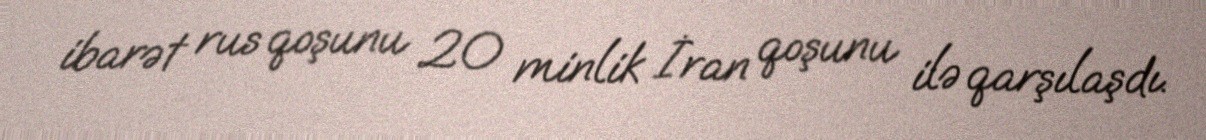
ibarət rus qoşunu 20 minlik İran qoşunu ilə qarşılaşdı.